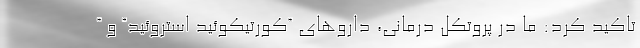
تاکید کرد: ما در پروتکل درمانی، داروهای “کورتیکوئید استروئید” و “